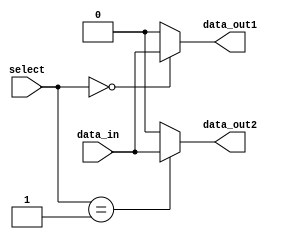
module demultiplexer (
    input wire [1:0] select,
    input wire data_in,
    output reg data_out1,
    output reg data_out2
);

always @(select, data_in)
begin
    case (select)
        2'b00: begin
            data_out1 = data_in;
            data_out2 = 1'b0;
        end
        2'b01: begin
            data_out1 = 1'b0;
            data_out2 = data_in;
        end
        default: begin
            data_out1 = 1'b0;
            data_out2 = 1'b0;
        end
    endcase
end

endmodule